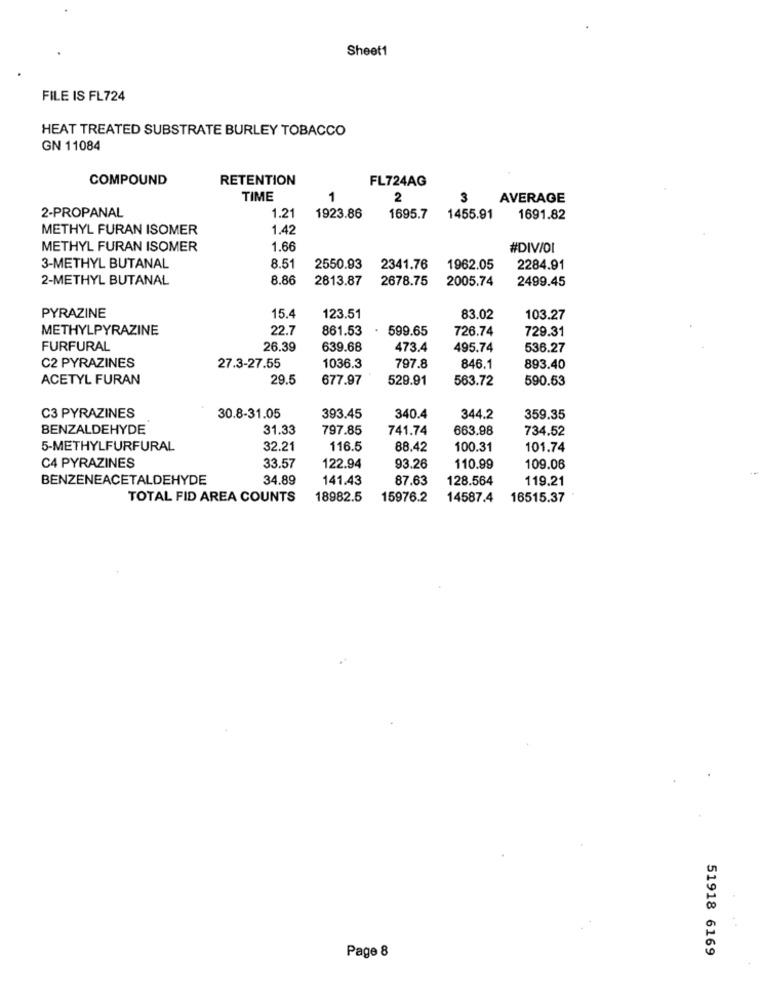
Sheet1
FILE IS FL724
HEAT TREATED SUBSTRATE BURLEY TOBACCO
GN 11084
COMPOUND
RETENTION
FL724AG
TIME
1
2
3
AVERAGE
2-PROPANAL
1.21
1923.86
1695.7
1455.91
1691.82
METHYL FURAN ISOMER
1.42
METHYL FURAN ISOMER
1.66
#DIV/OI
3-METHYL BUTANAL
8.51
2550.93
2341.76
1962.05
2284.91
2-METHYL BUTANAL
8.86
2813.87
2678.75
2005.74
2499.45
15.4
PYRAZINE
123.51
83.02
103.27
METHYLPYRAZINE
22.7
861.53
599.65
726.74
729.31
FURFURAL
26.39
639.68
473.4
495.74
536.27
C2 PYRAZINES
27.3-27.55
1036.3
797.8
846.1
893.40
ACETYL FURAN
29.5
677.97
529.91
563.72
590.53
C3 PYRAZINES
30.8-31.05
393.45
340.4
344.2
359.35
BENZALDEHYDE
31.33
797.85
741.74
663.98
734.52
5-METHYLFURFURAL
32.21
116.5
88.42
100.31
101.74
C4 PYRAZINES
33.57
122.94
93.26
110.99
109.06
BENZENEACETALDEHYDE
34.89
141.43
87.63
128.564
119.21
TOTAL FID AREA COUNTS
18982.5
15976.2
14587.4
16515.37
51918 6169
Page 8